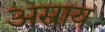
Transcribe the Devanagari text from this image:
अस्राय